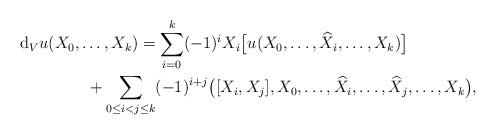
LaTeX: \begin{gather*}\mathrm{d} _V u ( X _0 , \ldots, X _k ) = \sum _{ i = 0 } ^k ( - 1 ) ^i X _i \bigl[ u ( X _0 , \ldots, \widehat{ X } _i , \ldots, X _k ) \bigr] \\\hphantom{\mathrm{d} _V u ( X _0 , \ldots, X _k ) =}{} + \sum _{ 0 \leq i < j \leq k } ( - 1 ) ^{ i + j } \big( [X _i , X _j ], X _0 , \ldots, \widehat{ X } _i , \ldots, \widehat{ X } _j , \ldots, X _k \big) , \end{gather*}